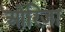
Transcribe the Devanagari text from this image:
ओरिज़ा